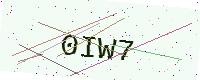
Text: 0IW7